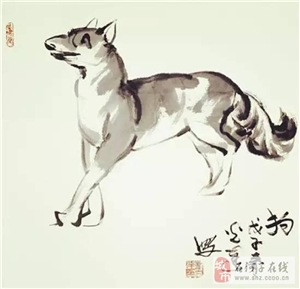
群鸡正乱叫，客至鸡斗争。